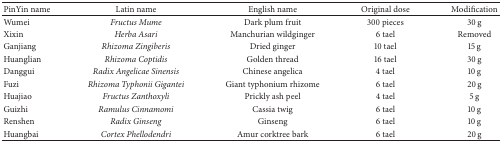
<table><thead><tr><td><b>PinYin name</b></td><td><b>Latin name</b></td><td><b>English name</b></td><td><b>Original dose</b></td><td><b>Modification</b></td></tr></thead><tbody><tr><td>Wumei</td><td><i>Fructus Mume </i></td><td>Dark plum fruit</td><td>300 pieces</td><td>30 g</td></tr><tr><td>Xixin</td><td><i>Herba Asari </i></td><td>Manchurian wildginger</td><td>6 tael</td><td>Removed</td></tr><tr><td>Ganjiang</td><td><i>Rhizoma Zingiberis </i></td><td>Dried ginger</td><td>10 tael</td><td>15 g</td></tr><tr><td>Huanglian</td><td><i>Rhizoma Coptidis </i></td><td>Golden thread</td><td>16 tael</td><td>30 g</td></tr><tr><td>Danggui</td><td><i>Radix Angelicae Sinensis </i></td><td>Chinese angelica</td><td>4 tael</td><td>10 g</td></tr><tr><td>Fuzi</td><td><i>Rhizoma Typhonii Gigantei </i></td><td>Giant typhonium rhizome</td><td>6 tael</td><td>20 g</td></tr><tr><td>Huajiao</td><td><i>Fructus Zanthoxyli </i></td><td>Prickly ash peel</td><td>4 tael</td><td>5 g</td></tr><tr><td>Guizhi</td><td><i>Ramulus Cinnamomi </i></td><td>Cassia twig</td><td>6 tael</td><td>10 g</td></tr><tr><td>Renshen</td><td><i>Radix Ginseng </i></td><td>Ginseng</td><td>6 tael</td><td>10 g</td></tr><tr><td>Huangbai</td><td><i>Cortex Phellodendri </i></td><td>Amur corktree bark</td><td>6 tael</td><td>20 g</td></tr></tbody></table>